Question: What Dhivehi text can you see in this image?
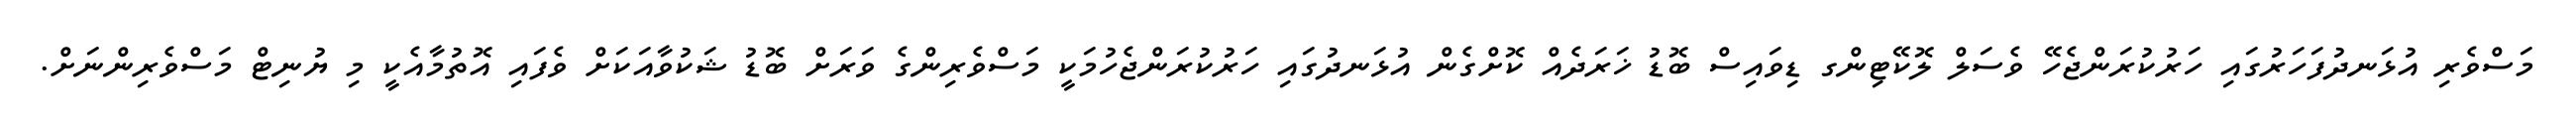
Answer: މަސްވެރި އުޅަނދުފަހަރުގައި ހަރުކުރަންޖެހޭ ވެސަލް ލޮކޭޓިންގ ޑިވައިސް ބޮޑު ޚަރަދެއް ކޮށްގެން އުޅަނދުގައި ހަރުކުރަންޖެހުމަކީ މަސްވެރިންގެ ވަރަށް ބޮޑު ޝަކުވާއަކަށް ވެފައި އޮތުމާއެކީ މި ޔުނިޓް މަސްވެރިންނަށް.